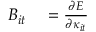
\begin{array} { r l } { B _ { i t } } & { { } = \frac { \partial E } { \partial \kappa _ { i t } } } \end{array}